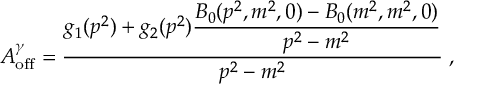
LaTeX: { \cal A } _ { \mathrm { o f f } } ^ { \gamma } = \frac { g _ { 1 } ( p ^ { 2 } ) + g _ { 2 } ( p ^ { 2 } ) \displaystyle \frac { B _ { 0 } ( p ^ { 2 } , m ^ { 2 } , 0 ) - B _ { 0 } ( m ^ { 2 } , m ^ { 2 } , 0 ) } { p ^ { 2 } - m ^ { 2 } } } { p ^ { 2 } - m ^ { 2 } } \; ,